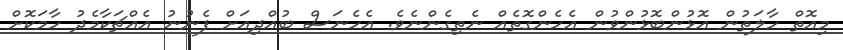
މިއޮތް ހާލަތުން އޮޅުންބޮޅުންވުން އެހެންގޮތެއް ނެތިގެންނެވެ. އެހެނަސް ބުއްދިއަށް ފެނުނު އެއްޗަކާމެދު ހާމަކޮށް